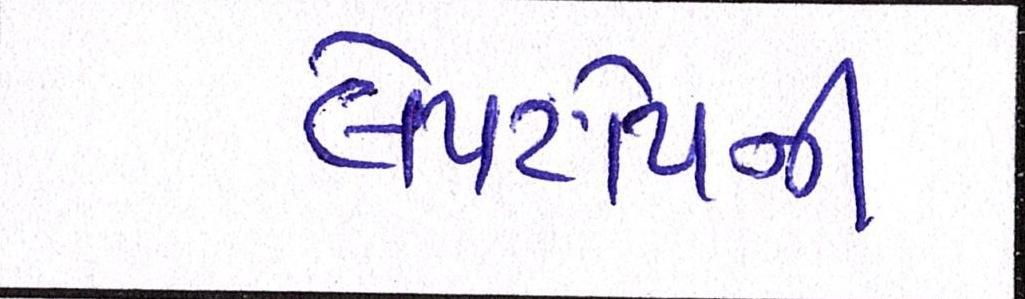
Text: લેપટોપની